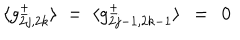
\langle g _ { 2 j , 2 k } ^ { \pm } \rangle \; = \; \langle g _ { 2 j - 1 , 2 k - 1 } ^ { \pm } \rangle \; \, = \; \, 0 \,